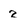
Character: 2